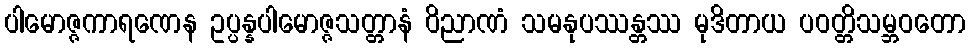
ပါမောဇ္ဇကာရဏေန ဥပ္ပန္နပါမောဇ္ဇသတ္တာနံ ဝိညာဏံ သမနုပဿန္တဿ မုဒိတာယ ပဝတ္တိသမ္ဘဝတော